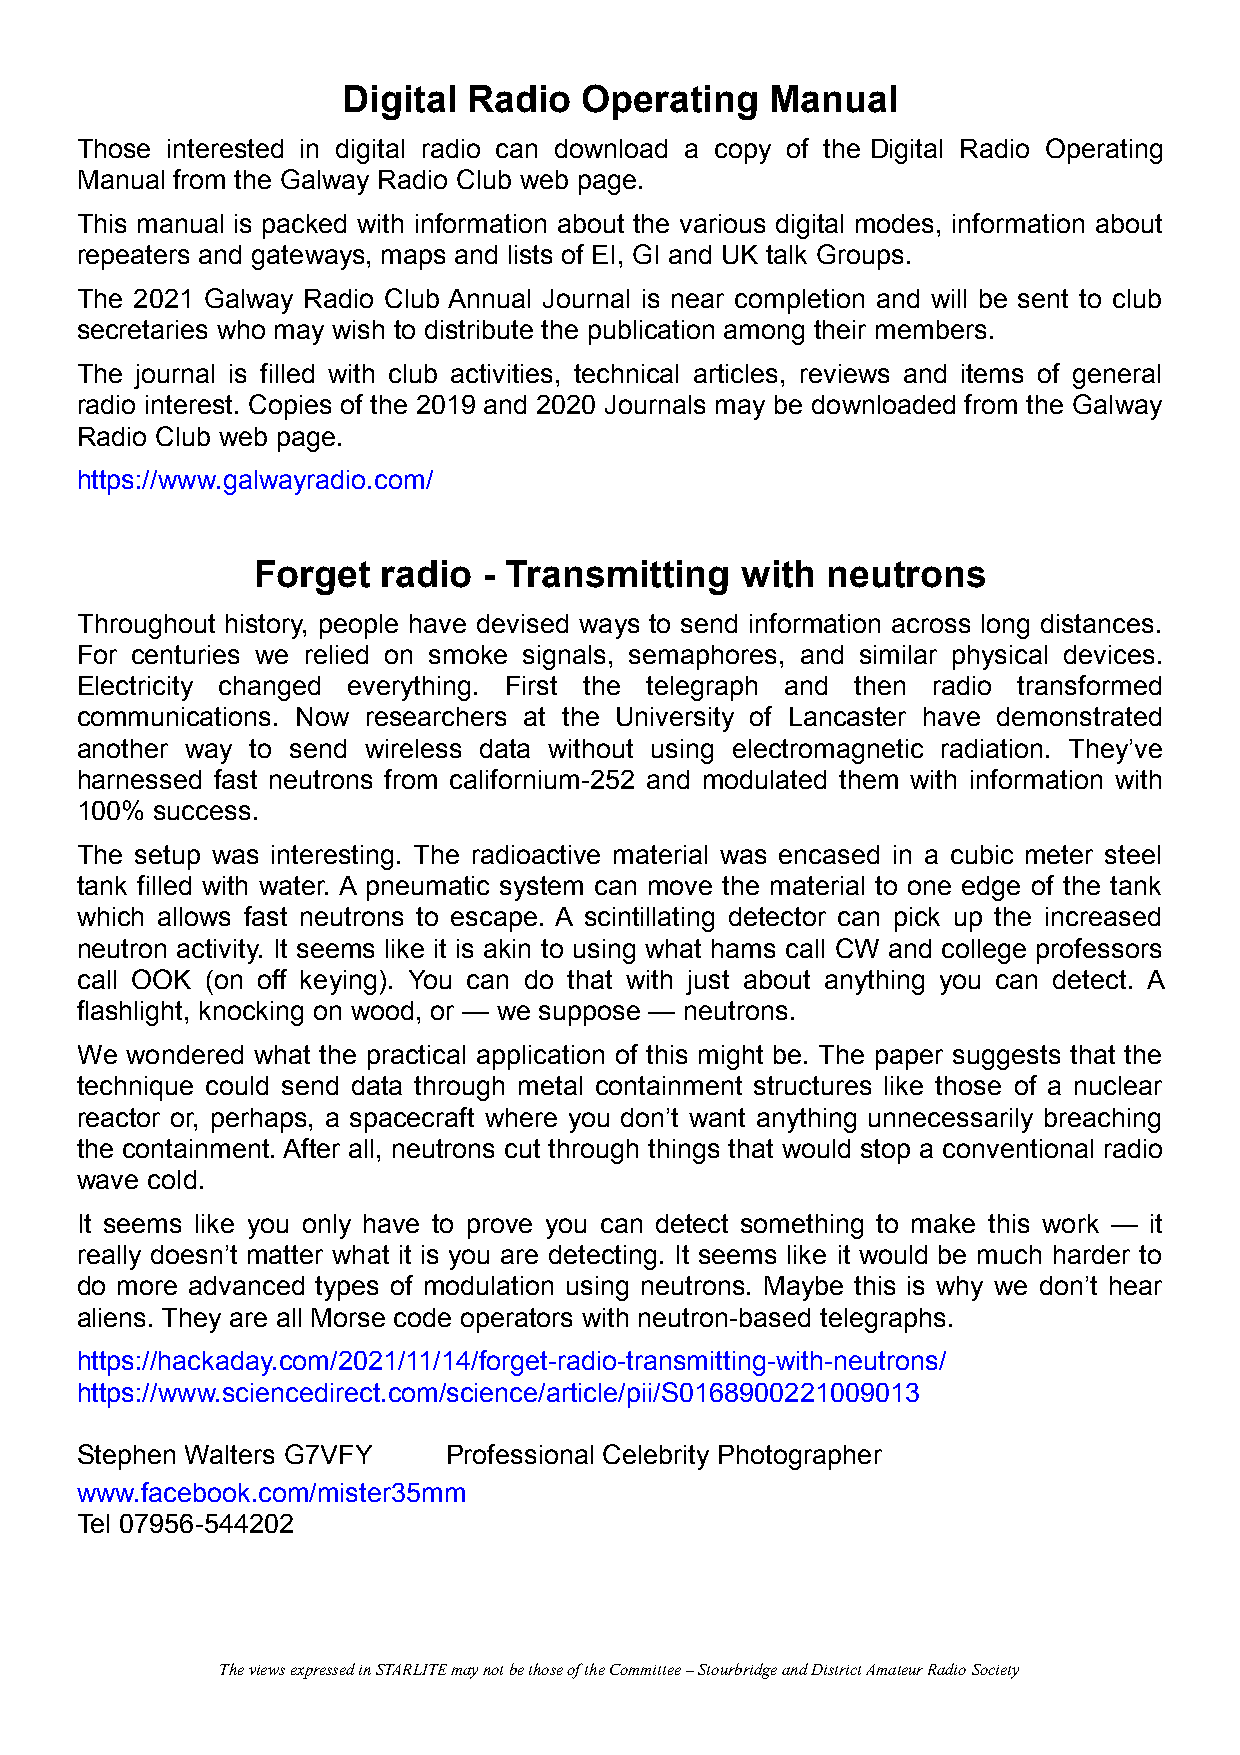
Digital Radio  Operating    Manual
 Those interested in digital radio can download a copy of the Digital Radio Operating
 Manual from the Galway Radio Club web page.
 This manual is packed with information about the various digital modes, information about
 repeaters and gateways, maps and lists of EI, GI and UK talk Groups.
 The 2021 Galway Radio Club Annual Journal is near completion and will be sent to club
 secretaries who may wish to distribute the publication among their members.
 The journal is filled with club activities, technical articles, reviews and items of general
 radio interest. Copies of the 2019 and 2020 Journals may be downloaded from the Galway
 Radio Club web page.
 https://www.galwayradio.com/
 Forget  radio  - Transmitting   with  neutrons
 Throughout history, people have devised ways to send information across long distances.
 For centuries we relied on smoke signals, semaphores, and similar physical devices.
 Electricity changed everything. First the telegraph and then radio transformed
 communications. Now researchers at the University of Lancaster have demonstrated
 another way to send wireless data without using electromagnetic radiation. They’ve
 harnessed fast neutrons from californium-252 and modulated them with information with
 100% success.
 The setup was interesting. The radioactive material was encased in a cubic meter steel
 tank filled with water. A pneumatic system can move the material to one edge of the tank
 which allows fast neutrons to escape. A scintillating detector can pick up the increased
 neutron activity. It seems like it is akin to using what hams call CW and college professors
 call OOK (on off keying). You can do that with just about anything you can detect. A
 flashlight, knocking on wood, or — we suppose — neutrons.
 We wondered what the practical application of this might be. The paper suggests that the
 technique could send data through metal containment structures like those of a nuclear
 reactor or, perhaps, a spacecraft where you don’t want anything unnecessarily breaching
 the containment. After all, neutrons cut through things that would stop a conventional radio
 wave cold.
 It seems like you only have to prove you can detect something to make this work — it
 really doesn’t matter what it is you are detecting. It seems like it would be much harder to
 do more advanced types of modulation using neutrons. Maybe this is why we don’t hear
 aliens. They are all Morse code operators with neutron-based telegraphs.
 https://hackaday.com/2021/11/14/forget-radio-transmitting-with-neutrons/
 https://www.sciencedirect.com/science/article/pii/S0168900221009013
 Stephen Walters G7VFY    Professional Celebrity Photographer
 www.facebook.com/mister35mm
 Tel 07956-544202
 The views expressed in STARLITE may not be those of the Committee – Stourbridge and District Amateur Radio Society